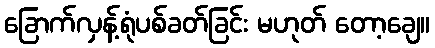
ခြောက်လှန့်ရုံပစ်ခတ်ခြင်း မဟုတ် တော့ချေ။